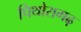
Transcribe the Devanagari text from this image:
पिथोरागढ़